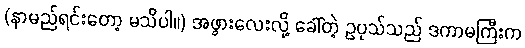
(နာမည်ရင်းတော့ မသိပါ။) အဖွားလေးလို့ ခေါ်တဲ့ ဥပုသ်သည် ဒကာမကြီးက